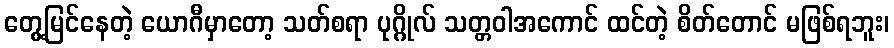
တွေ့မြင်နေတဲ့ ယောဂီမှာတော့ သတ်စရာ ပုဂ္ဂိုလ် သတ္တဝါအကောင် ထင်တဲ့ စိတ်တောင် မဖြစ်ရဘူး၊